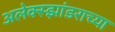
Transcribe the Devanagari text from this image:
अलेक्स्झांडराच्या